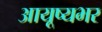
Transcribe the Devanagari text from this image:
आयूष्यभर